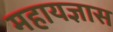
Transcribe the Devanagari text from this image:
महायज्ञास